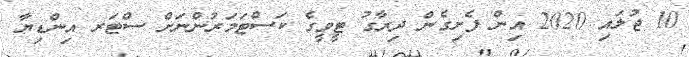
10 ޖުލައި 2020 އިން ފެށިގެން ދިރާގު ޓީވީގެ ކަސްޓަމަރުންނަށް ސްޓަރ އިންޑިޔާ